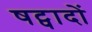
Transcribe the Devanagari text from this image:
षट्पादों